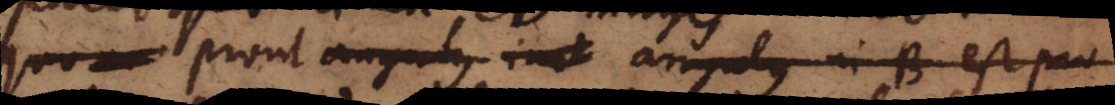
quo m prout angulus in angulus in B est pro